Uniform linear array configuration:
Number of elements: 4
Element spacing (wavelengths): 1
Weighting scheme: exponential
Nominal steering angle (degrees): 30
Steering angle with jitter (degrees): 30.346
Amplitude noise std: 0.05
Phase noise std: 0.05

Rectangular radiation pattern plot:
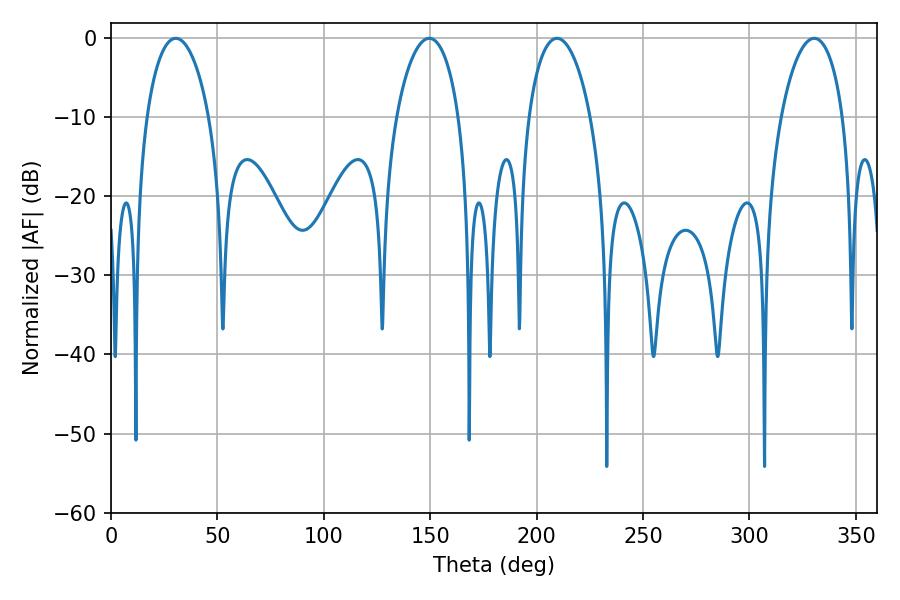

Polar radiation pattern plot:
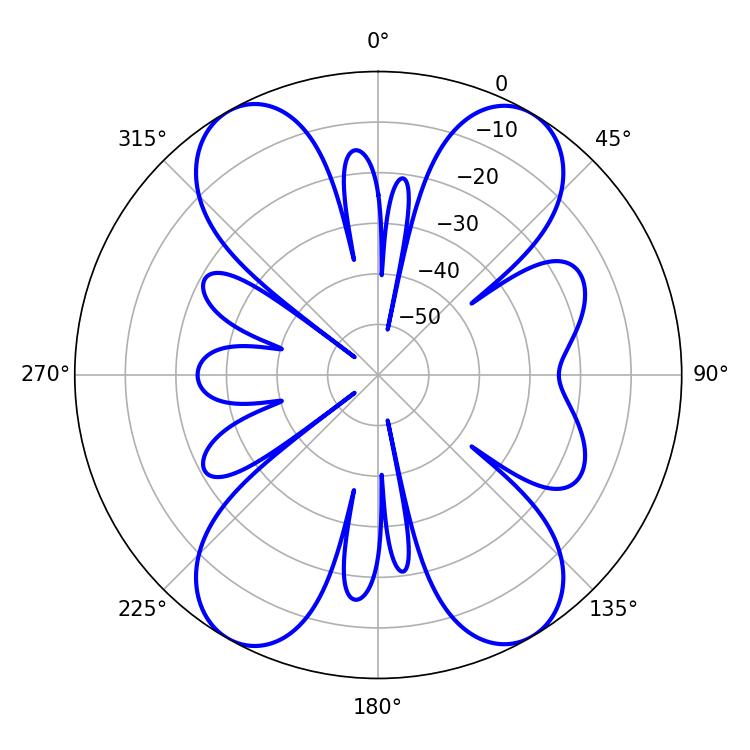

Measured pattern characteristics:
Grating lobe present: TRUE
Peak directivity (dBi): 19.661
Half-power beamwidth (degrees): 16.74
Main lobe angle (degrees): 30.42